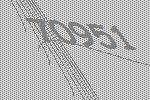
70951